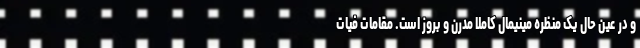
و در عین حال یک منظره مینیمال کاملا مدرن و بروز است. مقامات فیات